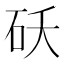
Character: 𬒁